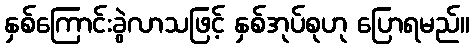
နှစ်ကြောင်းခွဲလာသဖြင့် နှစ်အုပ်စုဟု ပြောရမည်။